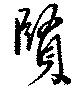
賢